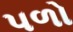
પળો